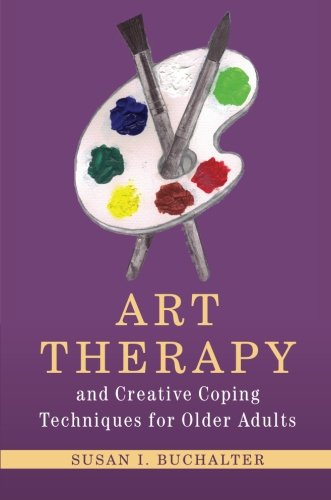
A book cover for Art Therapy and Creative Coping Techniques for Older Adults (Arts Therapies); Susan I. Buchalter; Health, Fitness & Dieting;